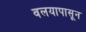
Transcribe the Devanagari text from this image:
वलयापासून